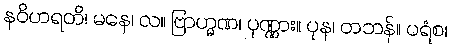
နဝိဟရတိ၊ မနေ၊ လ။ ဗြာဟ္မဏ၊ ပုဏ္ဏား။ ပုန၊ တဘန်။ ပရံစ၊